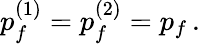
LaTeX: p_{f}^{(1)}=p_{f}^{(2)}=p_{f}\, .